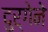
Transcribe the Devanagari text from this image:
दुर्गेने